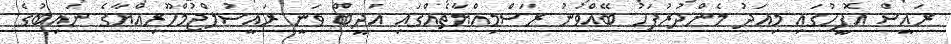
ރައީސް އޮފީހުގައި މިއަދު މެންދުރުފަހު ބޭއްވުނު ރަސްމިއްޔާތެއްގައި އަދީބް ވަނީ ރައީސުލްޖުމްހޫރިއްޔާގެ ނައިބުގެ